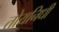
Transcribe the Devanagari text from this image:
तोयनिधी